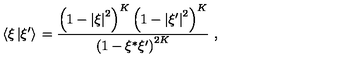
\left\langle { { \xi } \left\vert { \xi ^ { \prime } } \right\rangle } \right. = { \frac { \left( { 1 - { \vert \xi \vert } ^ { 2 } } \right) ^ { K } \left( { 1 - { \vert \xi ^ { \prime } \vert } ^ { 2 } } \right) ^ { K } } { \left( { 1 - \xi ^ { * } \xi ^ { \prime } } \right) ^ { 2 K } } } \ ,